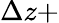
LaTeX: \Delta z+